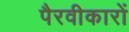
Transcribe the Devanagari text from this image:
पैरवीकारों